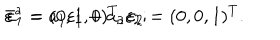
\bar { \varepsilon } ^ { a } = a _ { 1 } \varepsilon _ { 1 } + a _ { 2 } \varepsilon _ { 2 } ; \hspace { 1 . 0 c m } \varepsilon _ { 1 } = ( 0 , 1 , 0 ) ^ { T } , \varepsilon _ { 2 } = ( 0 , 0 , 1 ) ^ { T } .